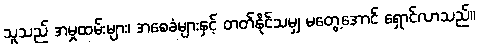
သူသည် အမှုထမ်းများ၊ အစေခံများနှင့် တတ်နိုင်သမျှ မတွေ့အောင် ရှောင်လာသည်။